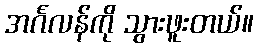
အင်္ဂလန်ကို သွားဖူးတယ်။